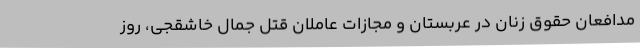
مدافعان حقوق زنان در عربستان و مجازات عاملان قتل جمال خاشقجی، روز